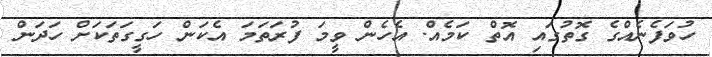
ހުވަފެނެއްގެ ގޮތުގައި އޮތް ކަމެއް. އެހެން ވީމަ ފުރަތަމަ އެކަން ހަގީގަތަކަށް ހަދަން